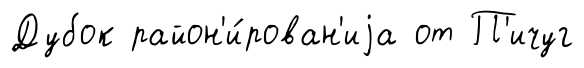
Дубок район'и́рован'иjа от П'ичуг